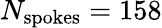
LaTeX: N_{\mathrm{spokes}}=158